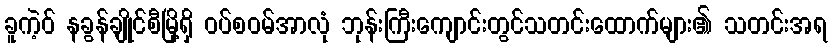
ခူကဲ့ဝ် နခွန်ချိုင်စီမြို့ရှိ ဝပ်စဝမ်အာလုံ ဘုန်းကြီးကျောင်းတွင်သတင်းထောက်များ၏ သတင်းအရ